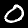
Label: 0